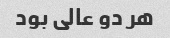
هر دو عالی بود